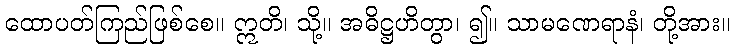
ထောပတ်ကြည်ဖြစ်စေ။ ဣတိ၊ သို့။ အဓိဋ္ဌဟိတွာ၊ ၍။ သာမဏေရာနံ၊ တို့အား။